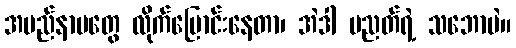
အမည်နာမတွေ လိုက်ပြောင်းနေတာ၊ အဲဒါ ပညတ်ရဲ့ သဘောပဲ။